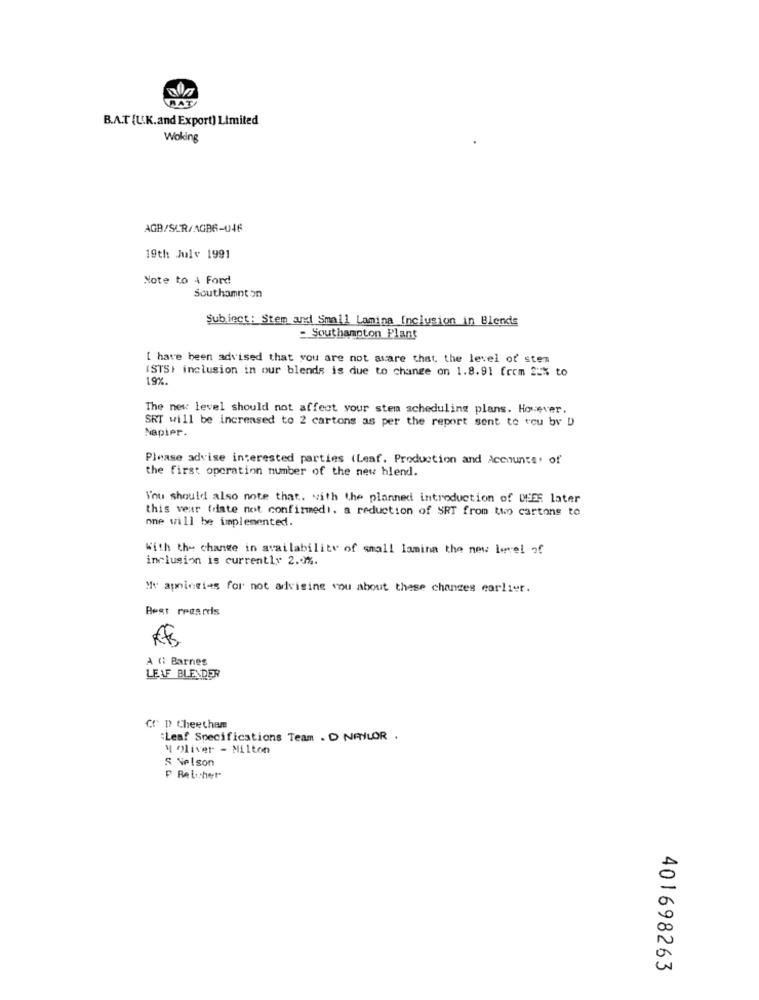
AT
B.A.T [L.K.and Export) Limited
Woking
AGB/SUR/AGB6-04F
19th July 1991
Note to A Ford
Southampton
Subject: Stem arx Small Lamina Inclusion in Blends
- Southampton Plant
[ have been advised that you are not aware that the level of stem
(STS: inclusion in our blends is due to change on 1.8.91 from 2=% to
19%.
The new level should not affect your stem scheduling plans. However.
SRT will be increased to 2 cartons as per the report sent to you by D
Napier.
Please advise interested parties (Leaf. Production and Accounts, of
the first operation number of the new hlend.
You should also note that. with the planned introduction of WEEE later
this vear (date not confirmedi. a reduction of SRT from two cartons to
one will be implemented.
With the change in availability of small lamina the new level of
inclusion is currently 2.0%.
Mr apningias for not advising you about these changes earlier.
Best regards
A (: Barnes
LEAF BLENDER
Cr D Cheetham
Leaf Specifications Team. NAYLOR.
M Oliver - Milton
S Nelson
401698263